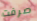
صرفت